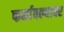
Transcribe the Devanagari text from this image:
फर्मावल्यावर